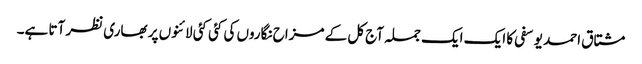
مشتاق احمد یوسفی کا ایک ایک جملہ آج کل کے مزاح نگاروں کی کئی کئی لائنوں پر بھاری نظر آتا ہے۔